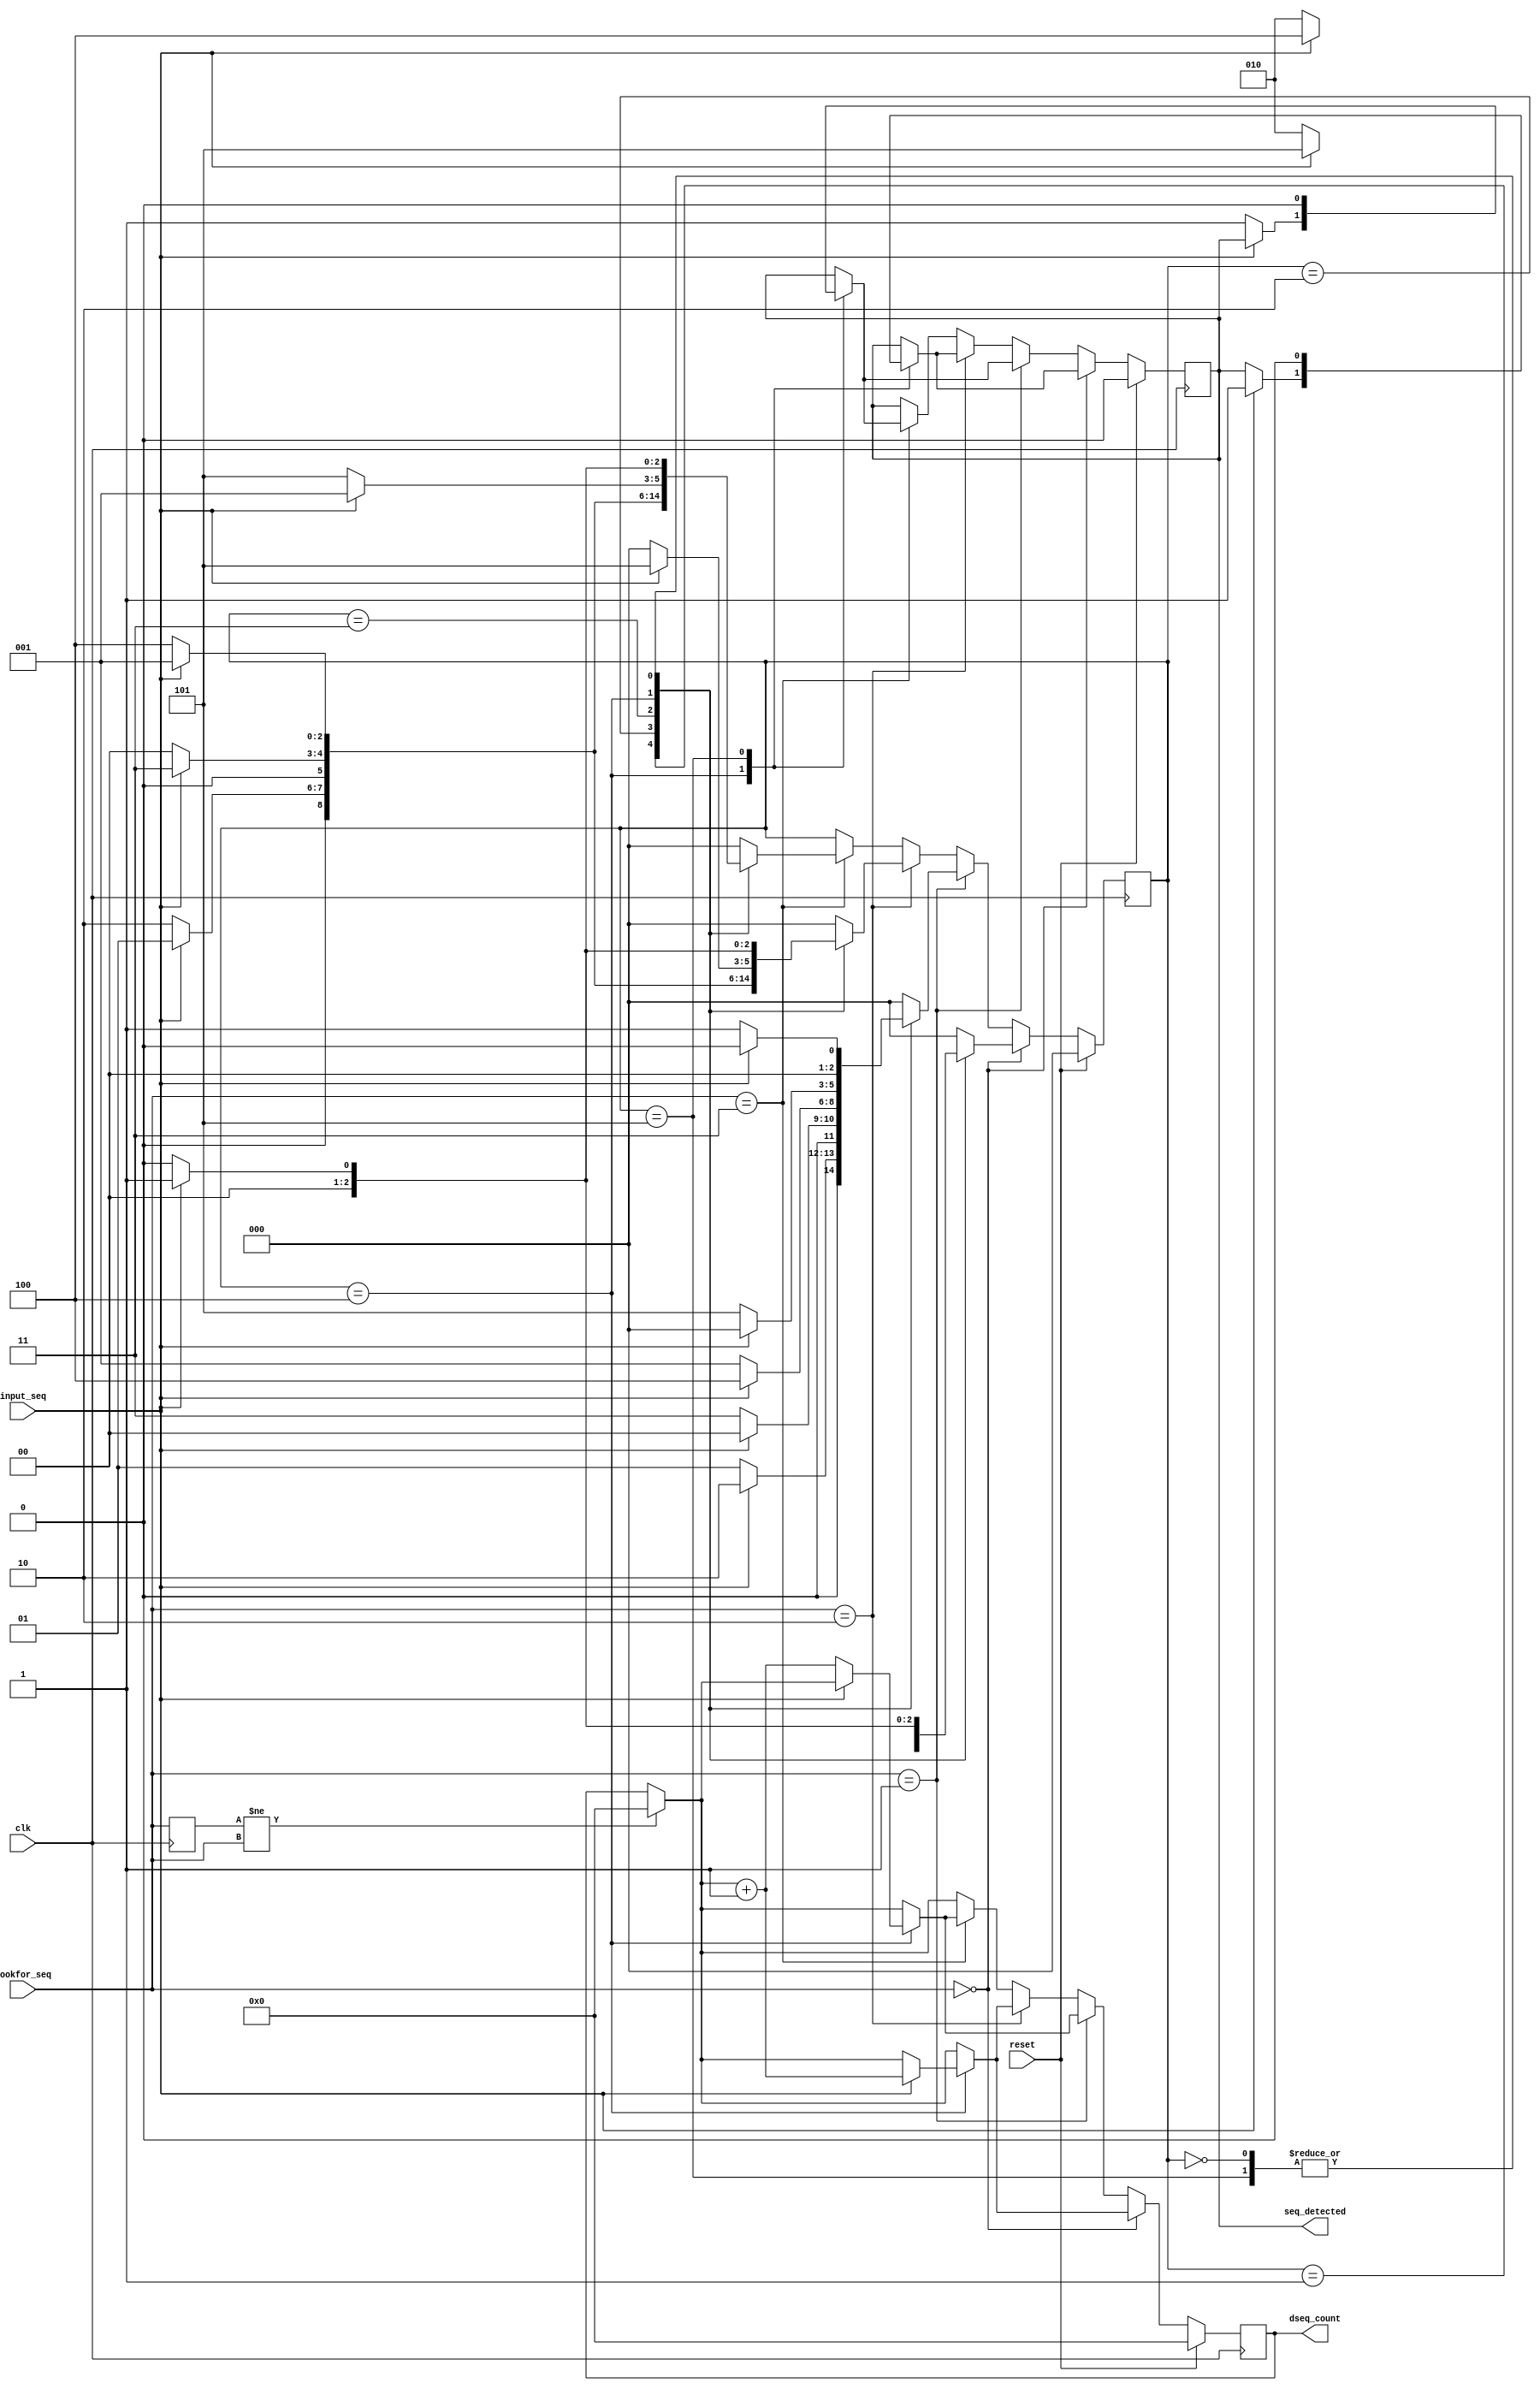
//Amirreza Hosseini 9820363
module sequence_detector(input_seq,clk,reset,seq_detected,dseq_count,lookfor_seq);

input input_seq,clk,reset;
input [1:0] lookfor_seq;
output reg seq_detected=0;
output reg [15:0] dseq_count=0;


localparam [2:0] q0=3'b000 , q1=3'b001 , q2=3'b010 , q3=3'b011 , q4=3'b100 , q5=3'b101;  //sates wich can be existed

reg [2:0] current=0;
reg [1:0] temp_lookfor_seq; 

always @(negedge clk)begin

temp_lookfor_seq<=lookfor_seq;

if(temp_lookfor_seq!=lookfor_seq)
	dseq_count=0;
if(reset==1) begin
current<=0;
dseq_count<=0;
seq_detected<=0;
end

else begin


if(lookfor_seq==2'b00)begin  //Case 10111
case (current) 
q0 : current <= input_seq ? q1 : q0; 
q1 : current <= input_seq ? q1 : q2;
q2 : current <= input_seq ? q3 : q0;
q3 : current <= input_seq ? q4 : q2;
q4 : begin if(input_seq) begin

seq_detected<= 1;
current<=q5 ; 
dseq_count<=dseq_count+1;
end
else current <= q2; end
q5 : begin seq_detected<=0; if(input_seq) current<=q1 ; else current <= q0;end
default: current <= 0;

endcase
end
else if(lookfor_seq==2'b01)begin //Case 01010
case (current) 
q0 : current <= input_seq ? q0 : q1;
q1 : current <= input_seq ? q2 : q1;
q2 : current <= input_seq ? q0 : q3;
q3 : current <= input_seq ? q4 : q1;
q4 : begin if(input_seq) current<=q0 ; else begin 
dseq_count<=dseq_count+1'b1;
seq_detected<= 1;
current<=q5 ; 
end
end
q5 : begin seq_detected<=0; if(input_seq) current<=q0 ; else current <= q1; end
default: current <= 0;
endcase
end

else if(lookfor_seq==2'b10)begin //Case 10101
case (current) 
q0 : current <= input_seq ? q1 : q0;
q1 : current <= input_seq ? q1 : q2;
q2 : current <= input_seq ? q3 : q0;
q3 : current <= input_seq ? q1 : q4;
q4 : begin if(input_seq) begin
dseq_count<=dseq_count+1'b1;
seq_detected<= 1;
current<=q5 ; 
end
else current <= q0;
end
q5 : begin seq_detected<=0; if(input_seq) current<=q1 ; else current <= q0;end
default: current <= 0;
endcase
end

else if(lookfor_seq==2'b11)begin //Case 10100
case (current) 
q0 : current <= input_seq ? q1 : q0;
q1 : current <= input_seq ? q1 : q2;
q2 : current <= input_seq ? q3 : q0;
q3 : current <= input_seq ? q1 : q4;
q4 : begin if(input_seq) current<=q1 ; else begin
dseq_count<=dseq_count+1'b1;
seq_detected<= 1;
current<=q5 ; 
end
end
q5 :begin seq_detected<=0; if(input_seq) current<=q1 ; else current <= q0;end
default: current <= 0;
endcase
end
	
end
end


endmodule